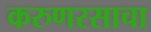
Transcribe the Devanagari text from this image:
करुणरसाचा